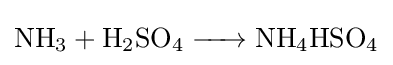
{\ce {NH3 + H2SO4 -> NH4HSO4}}